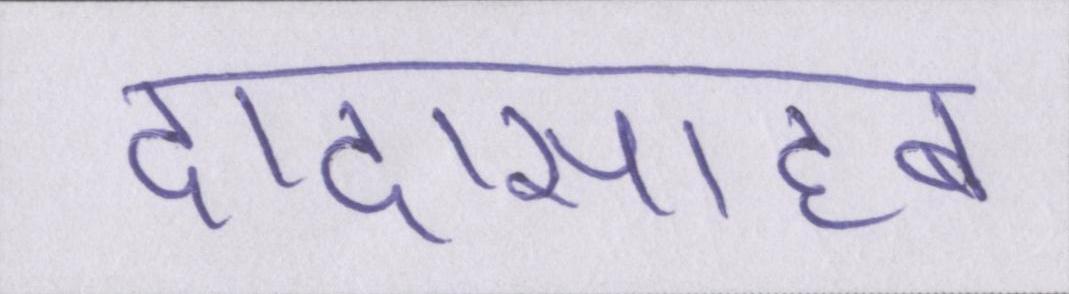
दादासाहब